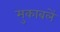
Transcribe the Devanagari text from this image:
मुकाबलें